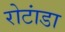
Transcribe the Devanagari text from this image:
रोटांडा